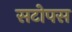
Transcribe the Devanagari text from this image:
सटोपस